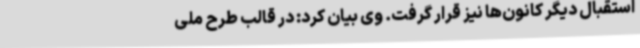
استقبال دیگر کانون‌ها نیز قرار گرفت. وی بیان کرد: در قالب طرح ملی